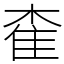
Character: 㮅